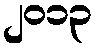
၂၀၁၃